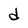
Character: d